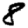
Digit: 8